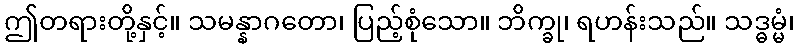
ဤတရားတို့နှင့်။ သမန္နာဂတော၊ ပြည့်စုံသော။ ဘိက္ခု၊ ရဟန်းသည်။ သဒ္ဓမ္မံ၊